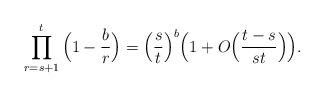
\begin{align*}\prod_{r=s+1}^t \Big(1-\frac{b}{r}\Big)=\Big(\frac{s}{t}\Big)^b\Big(1+O\Big(\frac{t-s}{st}\Big)\Big).\end{align*}